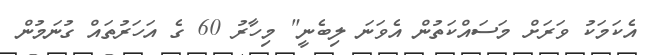
އެކަމަކު ވަރަށް މަސައްކަތުން އެވަނަ ލިބެނީ" މިހާރު 60 ގެ އަހަރުތައް ގުނަމުން